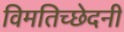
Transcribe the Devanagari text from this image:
विमतिच्छेदनी